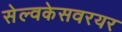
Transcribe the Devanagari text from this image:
सेल्वकेसवरयर